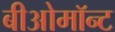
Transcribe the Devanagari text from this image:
बीओमॉन्ट